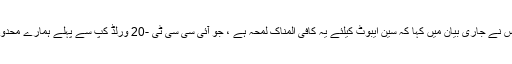
سی اے کی جانب سے ٹریور ہوس نے جاری بیان میں کہا کہ سین ایبوٹ کیلئے یہ کافی المناک لمحہ ہے ، جو آئی سی سی ٹی -20 ورلڈ کپ سے پہلے ہمارے محدود اوور فارمیٹ کا اہم حصہ تھے۔